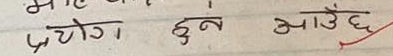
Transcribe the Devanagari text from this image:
प्रयोग छन् आउँछ।